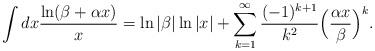
LaTeX: \begin{align*}\int dx \frac{\ln (\beta + \alpha x)}{x} = \ln \vert \beta \vert\ln \vert x \vert + \sum_{k = 1}^{\infty}\frac{(-1)^{k+1}}{k^2} \Bigl(\frac{\alpha x}{\beta} \Bigr)^k. \end{align*}